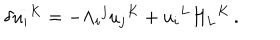
\delta u _ { i } { } ^ { K } = - \Lambda _ { i } { } ^ { j } u _ { j } { } ^ { K } + u _ { i } { } ^ { L } H _ { L } { } ^ { K } \, .